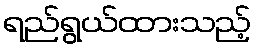
ရည်ရွယ်ထားသည့်